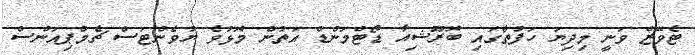
ޓެވޭޒް ވަނީ މިދިޔަ ހަފުތާގައި ބޮރޫޝިއާ ޑޯޓްމަންޑް އަތުން މޮޅުވެ ޔުވެންޓަސް ޗެމްޕިއަންސް